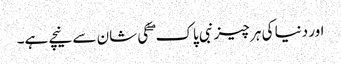
اور دنیا کی ہر چیز نبی پاک ۖ کی شان سے نیچے ہے۔